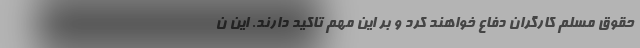
حقوق مسلم کارگران دفاع خواهند کرد و بر این مهم تاکید دارند. این ن